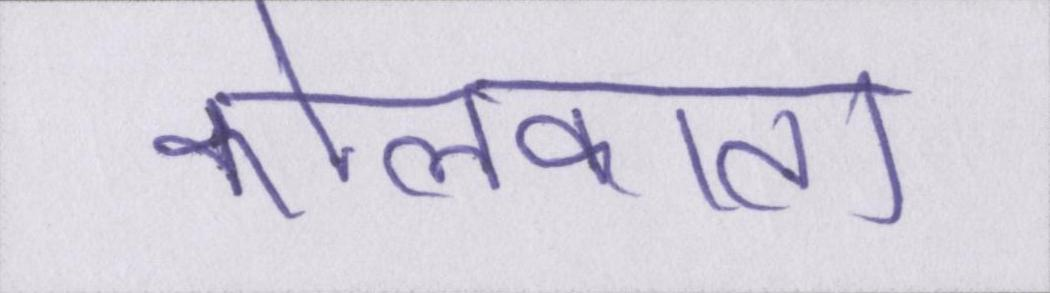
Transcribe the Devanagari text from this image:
कोलकाता